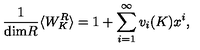
{ \frac { 1 } { \mathrm { d i m } R } } \langle W _ { K } ^ { R } \rangle = 1 + \sum _ { i = 1 } ^ { \infty } v _ { i } ( K ) x ^ { i } ,